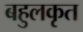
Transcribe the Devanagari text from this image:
बहुलकृत